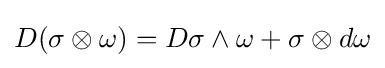
D(\sigma \otimes \omega )=D\sigma \wedge \omega +\sigma \otimes d\omega